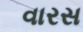
વારસ